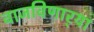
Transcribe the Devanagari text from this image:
वाजविणार्‍या